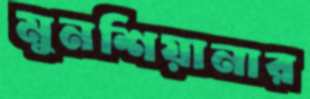
মুনশিয়ানার